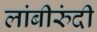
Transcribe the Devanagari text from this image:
लांबीरुंदी